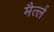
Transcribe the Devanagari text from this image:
मैर्त्ल